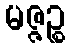
မဇ္ဇဉ္စ